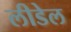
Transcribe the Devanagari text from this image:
लीडेल